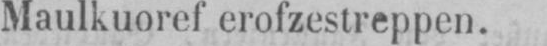
Maulkuoref erofzestreppen.